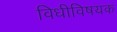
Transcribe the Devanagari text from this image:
विधीविषयक